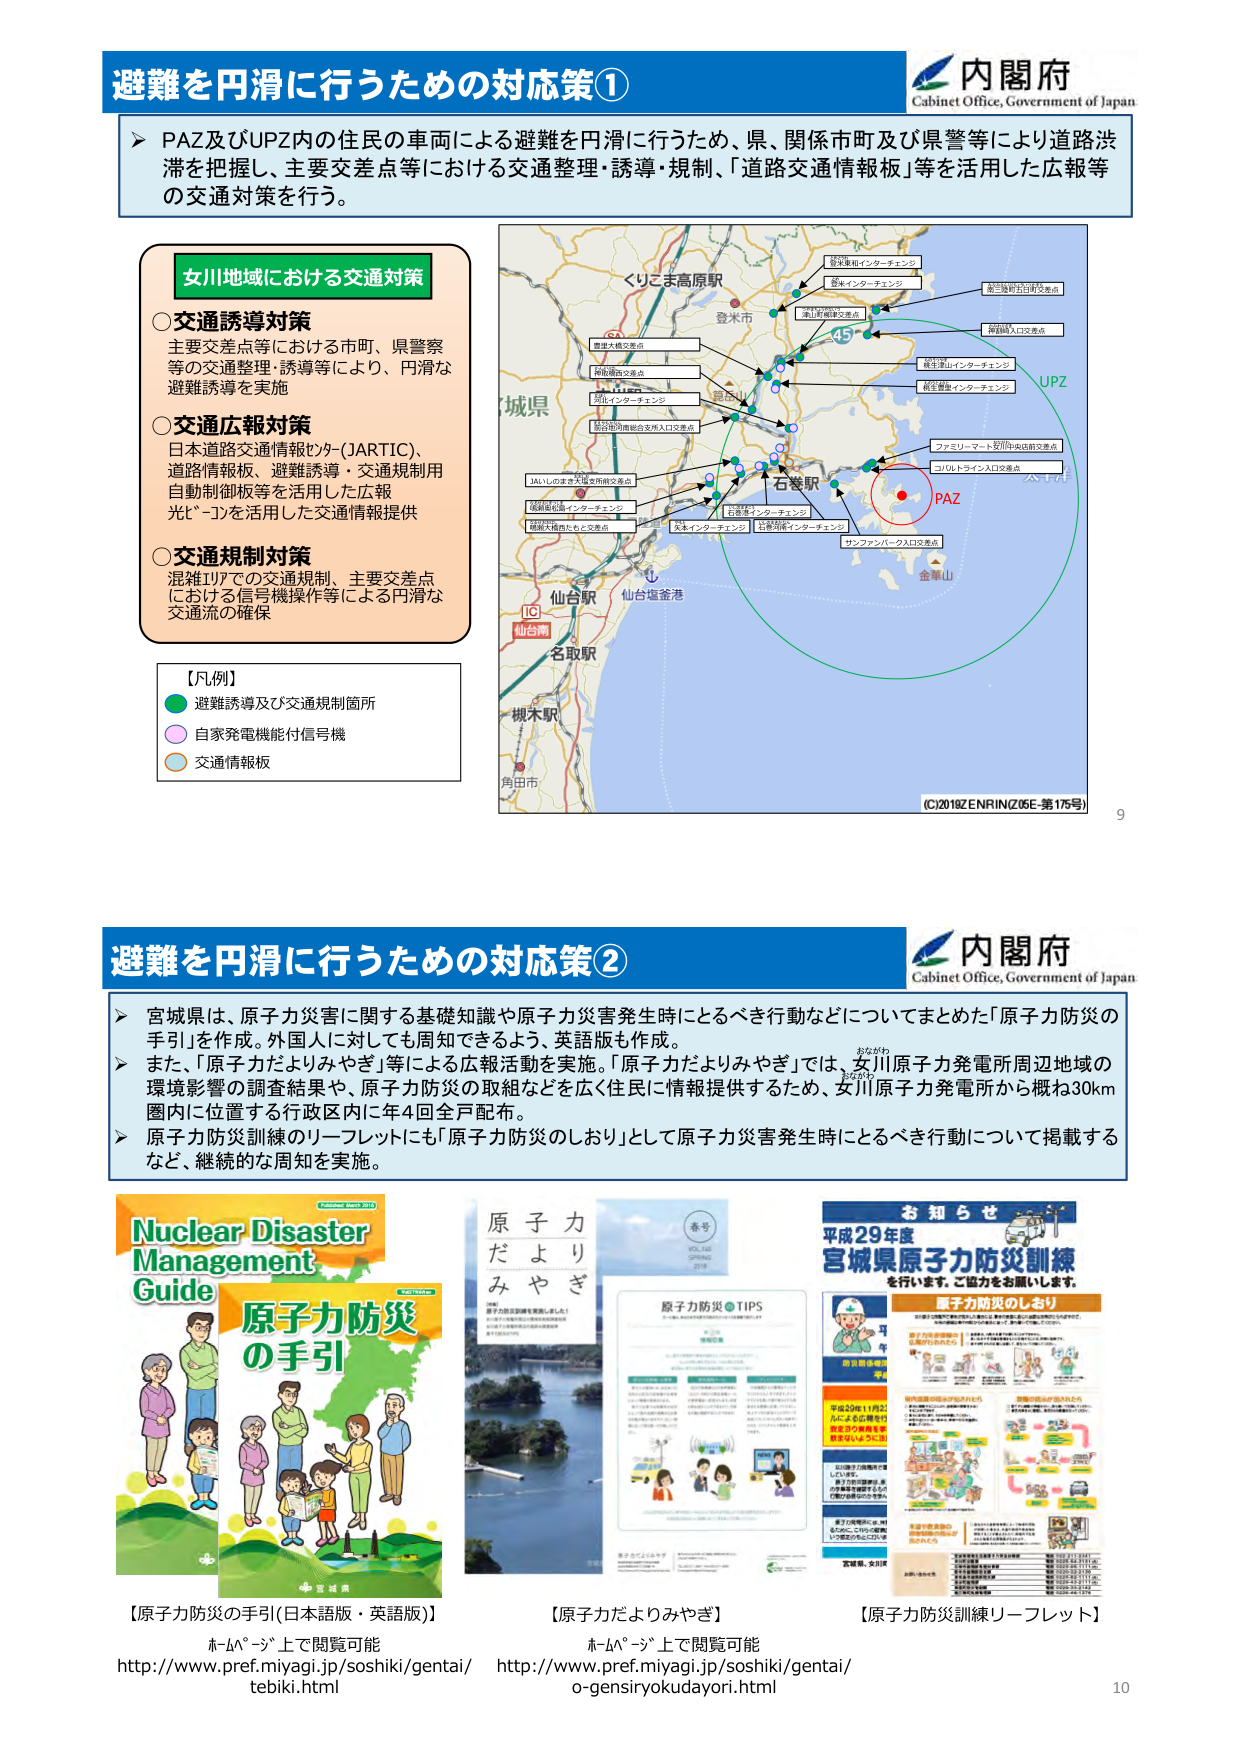
避難を円滑に行うための対応策①
内閣府
Cabinet Office, Government of Japan
➤ PAZ及びUPZ内の住民の車両による避難を円滑に行うため、県、関係市町及び県警等により道路渋滞を把握し、主要交差点等における交通整理・誘導・規制、「道路交通情報板」等を活用した広報等の交通対策を行う。
女川地域における交通対策
○交通誘導対策
主要交差点等における市町、県警察等の交通整理・誘導等により、円滑な避難誘導を実施
○交通広報対策
日本道路交通情報センター(JARTIC)、道路情報板、避難誘導・交通規制用自動制御板等を活用した広報
光ビーコンを活用した交通情報提供
○交通規制対策
混雑エリアでの交通規制、主要交差点における信号機操作等による円滑な交通流の確保
【凡例】
● 避難誘導及び交通規制箇所
○ 自家発電機能付信号機
○ 交通情報板
くろこま高原駅
登米市
城県
仙台駅
仙台塩釜港
名取駅
槻木駅
角田市
石巻駅
金華山
PAZ
UPZ
新寺東和インターチェンジ
鶴ヶ島インターチェンジ
津山町柳原交差点
三陸線の吉田交差点
阿武隈入口交差点
東北自動車道
東北道大崎交差点
阿武隈西交差点
石巻インターチェンジ
松島町向島総合支所入口交差点
JALいしのまき大橋専用線交差点
松島港北インターチェンジ
松島大橋南たもと交差点
大木インターチェンジ
石巻港南インターチェンジ
ワニミリーマート安川向山店前交差点
コバルトライン入口交差点
サンファンパーク入口交差点
航空機
(C)2019Z ENRIN(Z 05E-第175号)
9
避難を円滑に行うための対応策②
内閣府
Cabinet Office, Government of Japan
➤ 宮城県は、原子力災害に関する基礎知識や原子力災害発生時にとるべき行動などについてまとめた「原子力防災の手引」を作成。外国人に対しても周知できるよう、英語版も作成。
➤ また、「原子力だよりみやぎ」等による広報活動を実施。「原子力だよりみやぎ」では、女川原子力発電所周辺地域の環境影響の調査結果や、原子力防災の取組などを広く住民に情報提供するため、女川原子力発電所から概ね30km圏内に位置する行政区内に年4回全戸配布。
➤ 原子力防災訓練のリーフレットにも「原子力防災のしおり」として原子力災害発生時にとるべき行動について掲載するなど、継続的な周知を実施。
Nuclear Disaster Management Guide
原子力防災の手引
宮城県
原子力だよりみやぎ
春号
VOL.148
2018
原子力防災TIPS
お知らせ
平成29年度
宮城県原子力防災訓練
を行います。ご協力をお願いします。
原子力防災のしおり
宮城県、女川町
【原子力防災の手引(日本語版・英語版)】
ホームページ上で閲覧可能
http://www.pref.miyagi.jp/soshiki/gentai/tebiki.html
【原子力だよりみやぎ】
ホームページ上で閲覧可能
http://www.pref.miyagi.jp/soshiki/gentai/o-gensiryokudayori.html
【原子力防災訓練リーフレット】
10